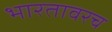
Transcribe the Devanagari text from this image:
भारतावरच